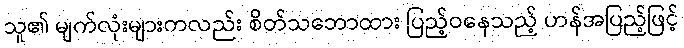
သူ၏ မျက်လုံးများကလည်း စိတ်သဘောထား ပြည့်ဝနေသည့် ဟန်အပြည့်ဖြင့်